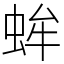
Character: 蛑